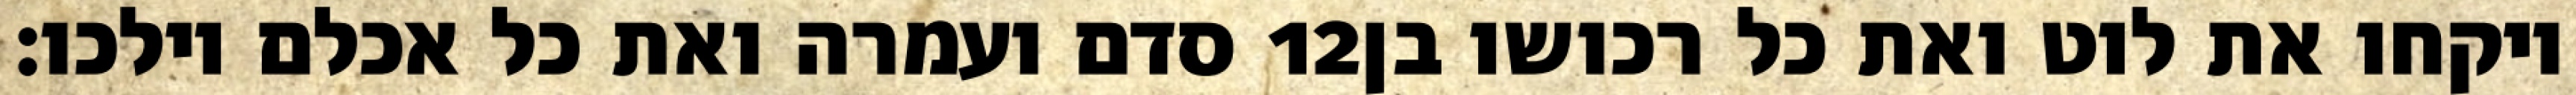
סדם ועמרה ואת כל אכלם וילכו׃ ‎12‏ ויקחו את לוט ואת כל רכושו בן